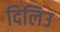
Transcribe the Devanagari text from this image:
दिलिउ